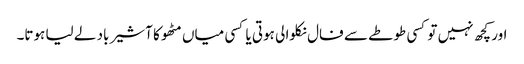
اور کچھ نہیں تو کسی طوطے سے فال نکلوا لی ہوتی یا کسی میاں مٹھو کا آشیر باد لے لیا ہوتا۔